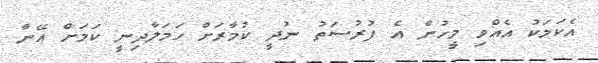
އެކަމަކު އެއްވި މީހުން އެ ފުރުސަތު ނުދީ ކުމާރަށް ހަމަލާދިނީ ކަމަށް އޭނާ